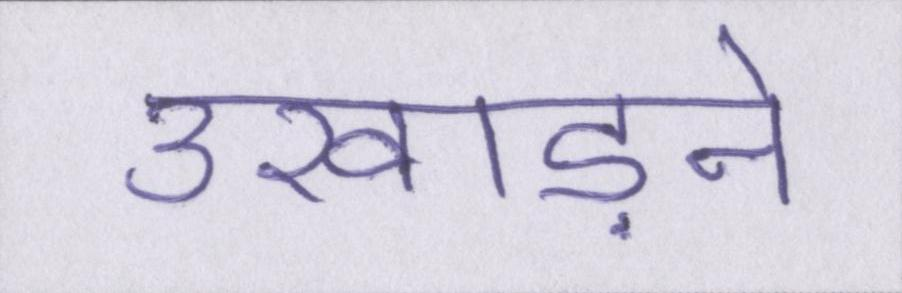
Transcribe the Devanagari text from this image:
उखाड़ने